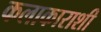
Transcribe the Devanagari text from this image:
कलाकाराशी